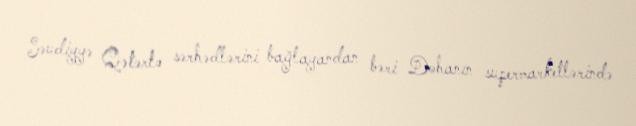
Səudiyyə Qətərlə sərhədlərini bağlayandan bəri Dohanın supermarketlərində